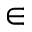
\in